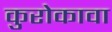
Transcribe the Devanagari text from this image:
कुरोकावा